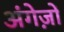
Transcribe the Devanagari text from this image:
अंगेज़ों